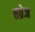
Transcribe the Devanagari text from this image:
तव्रेज